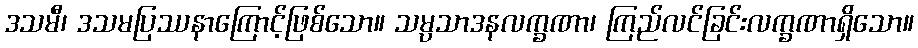
ဒသမီ၊ ဒသမပြဿနာကြောင့်ဖြစ်သော။ သမ္ပသာဒနလက္ခဏာ၊ ကြည်လင်ခြင်းလက္ခဏာရှိသော။